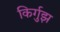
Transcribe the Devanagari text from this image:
किर्गुझ